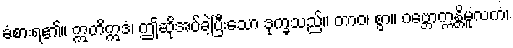
ခံစားရ၏။ ဣတိဣဒံ၊ ဤဆိုအပ်ခဲ့ပြီးသော ဒုက္ခသည်။ တာဝ၊ စွာ။ ဂဗ္ဘောက္ကန္တိမူလကံ၊